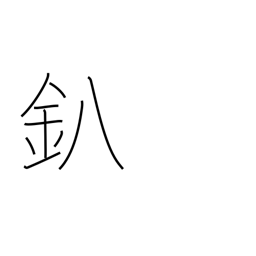
Meaning: forge